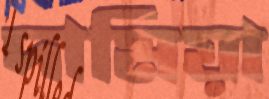
দামিয়া